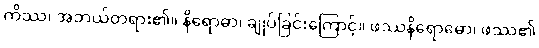
ကိဿ၊ အဘယ်တရား၏။ နိရောဓာ၊ ချုပ်ခြင်းကြောင့်။ ဖဿနိရောဓော၊ ဖဿ၏